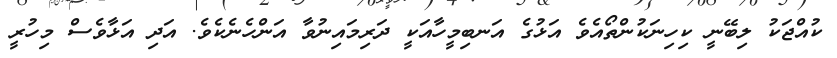
ކުއްޖަކު ލިބޭނީ ކިހިނަކުންތޯއެވެ އަޅުގެ އަނބިމީހާއަކީ ދަރިމައިނުވާ އަންހެނެކެވެ. އަދި އަޅާވެސް މިހުރީ